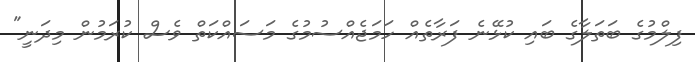
ފިލްމުގެ ބަތަލާގެ ބައި ކުޅޭނެ ފަރާތެއް ހަމަޖެއްސުމުގެ މަސައްކަތް ވެސް ކުރަމުން މިދަނީ"